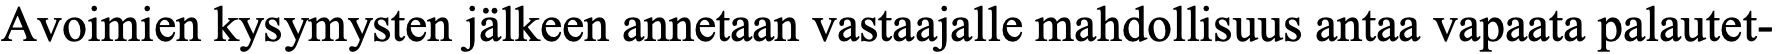
Avoimien kysymysten jälkeen annetaan vastaajalle mahdollisuus antaa vapaata palautet-